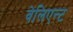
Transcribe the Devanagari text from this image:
वेलिएन्ट